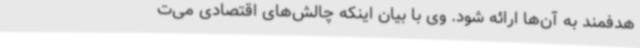
هدفمند به آن‌ها ارائه شود. وی با بیان اینکه چالش‌های اقتصادی می‌ت